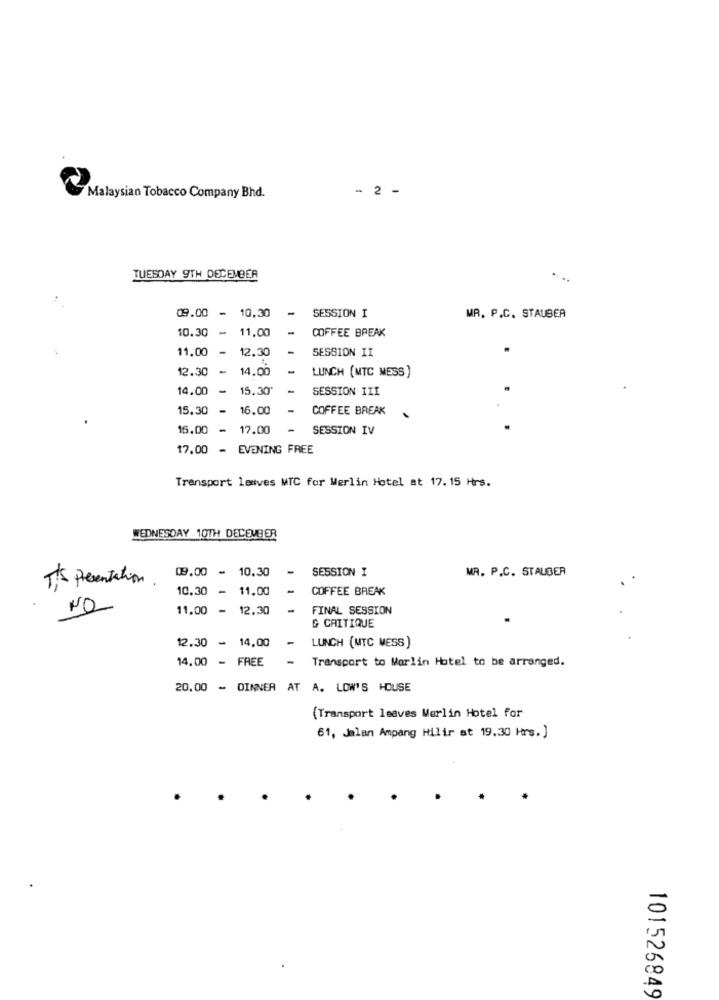
- 2 -
Malaysian Tobacco Company Bhd.
TUESDAY 9TH DECEMBER
09.00
- 10.30
SESSION I
MR. P.C. STAUBER
10.30
-
11,00
-
COFFEE BREAK
1
11.00
-
SESSION II
12.30
12.30
-
14.00
-
LUNCH (MTC MESS)
14.00
15.30
SESSION III
15.30
16.00
COFFEE BREAK
15.00
-
17.00
-
SESSION IV
17.00
- EVENING FREE
Transport leves MTC for Merlin Hotel at 17. 15 Hrs.
WEDNESDAY 10TH DECEMBER
09.00
- 10.30
SESSION I
MR. P.C. STALDER
T/S presentation
10.30
- 11.00
COFFEE BREAK
NO
11.00
12,30
-
FINAL SESSION
G CRITIQUE
-
LUNCH (MTC MESS)
12.30 - 14,00
14.00 - FREE
Transport to Marlin Hotel to be arranged.
20.00 - DINNER AT A. LOW'S HOUSE
(Transport leaves Merlin Hotel for
61, Jalan Ampang Hilir at 19.30 Hrs. ]
101526849